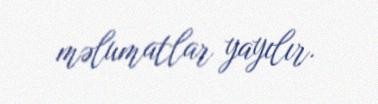
məlumatlar yayılır.